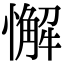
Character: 懈